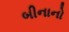
બીનાનો